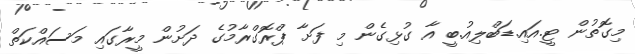
މިގޮތުން ޓީ.އައި.ޑަބްލިއު.ބީ އާ ގުޅިގެން މި ފަށާ ޕްރޮގްރާމުގެ ދަށުން މީރާގައި މަސައްކަތް